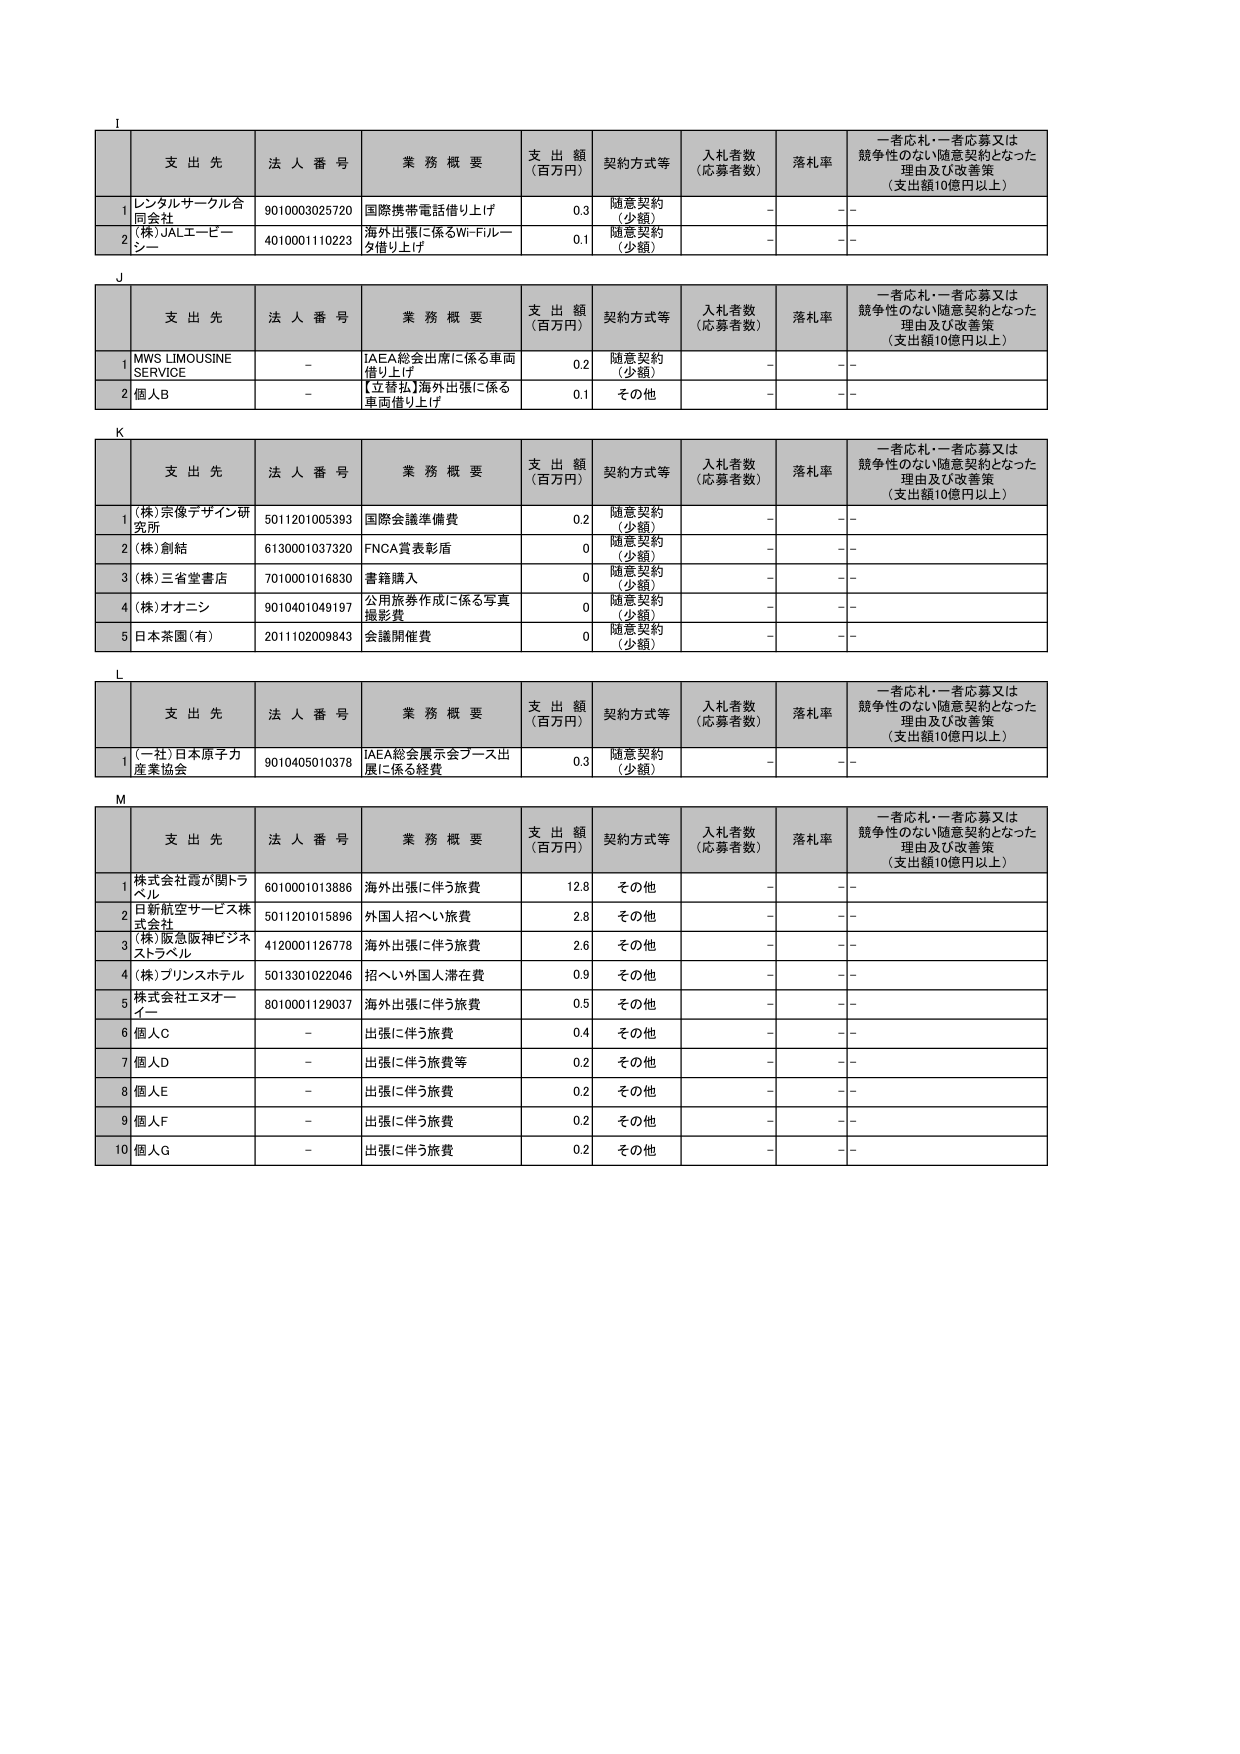
I
支 出 先 法 人 番 号 業 務 概 要 支 出 額 （百万円） 契約方式等 入札者数 （応募者数） 落札率 一者応札・一者応募又は 競争性のない随意契約となった 理由及び改善策 （支出額10億円以上）
1 レンタルサークル合 同会社 9010003025720 国際携帯電話借り上げ 0.3 随意契約 （少額） - -
2 (株)JALエービー シー 4010001110223 海外出張に係るWi-Fiルータ借り上げ 0.1 随意契約 （少額） - -

J
支 出 先 法 人 番 号 業 務 概 要 支 出 額 （百万円） 契約方式等 入札者数 （応募者数） 落札率 一者応札・一者応募又は 競争性のない随意契約となった 理由及び改善策 （支出額10億円以上）
1 MWS LIMOUSINE SERVICE - IAEA総会出席に係る車両借り上げ 0.2 随意契約 （少額） - -
2 個人B - 【立替払】海外出張に係る車両借り上げ 0.1 その他 - -

K
支 出 先 法 人 番 号 業 務 概 要 支 出 額 （百万円） 契約方式等 入札者数 （応募者数） 落札率 一者応札・一者応募又は 競争性のない随意契約となった 理由及び改善策 （支出額10億円以上）
1 (株)宗像デザイン研究所 5011201005393 国際会議準備費 0.2 随意契約 （少額） - -
2 (株)創結 6130001037320 FNCA賞表彰盾 0 随意契約 （少額） - -
3 (株)三省堂書店 7010001016830 書籍購入 0 随意契約 （少額） - -
4 (株)オオニシ 9010401049197 公用旅券作成に係る写真撮影費 0 随意契約 （少額） - -
5 日本茶園（有） 2011102009843 会議開催費 0 随意契約 （少額） - -

L
支 出 先 法 人 番 号 業 務 概 要 支 出 額 （百万円） 契約方式等 入札者数 （応募者数） 落札率 一者応札・一者応募又は 競争性のない随意契約となった 理由及び改善策 （支出額10億円以上）
1 (一社)日本原子力産業協会 9010405010378 IAEA総会展示会ブース出展に係る経費 0.3 随意契約 （少額） - -

M
支 出 先 法 人 番 号 業 務 概 要 支 出 額 （百万円） 契約方式等 入札者数 （応募者数） 落札率 一者応札・一者応募又は 競争性のない随意契約となった 理由及び改善策 （支出額10億円以上）
1 株式会社霞が関トラベル 6010001013886 海外出張に伴う旅費 12.8 その他 - -
2 日新航空サービス株式会社 5011201015896 外国人招へい旅費 2.8 その他 - -
3 (株)阪急阪神ビジネストラベル 4120001126778 海外出張に伴う旅費 2.6 その他 - -
4 (株)プリンスホテル 5013301022046 招へい外国人滞在費 0.9 その他 - -
5 株式会社エヌオーイー 8010001129037 海外出張に伴う旅費 0.5 その他 - -
6 個人C - 出張に伴う旅費 0.4 その他 - -
7 個人D - 出張に伴う旅費等 0.2 その他 - -
8 個人E - 出張に伴う旅費 0.2 その他 - -
9 個人F - 出張に伴う旅費 0.2 その他 - -
10 個人G - 出張に伴う旅費 0.2 その他 - -